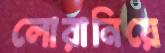
লোরানিয়ে